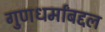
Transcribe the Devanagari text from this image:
गुणधर्मांबद्दल